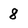
Character: 8